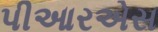
પીઆરએસ